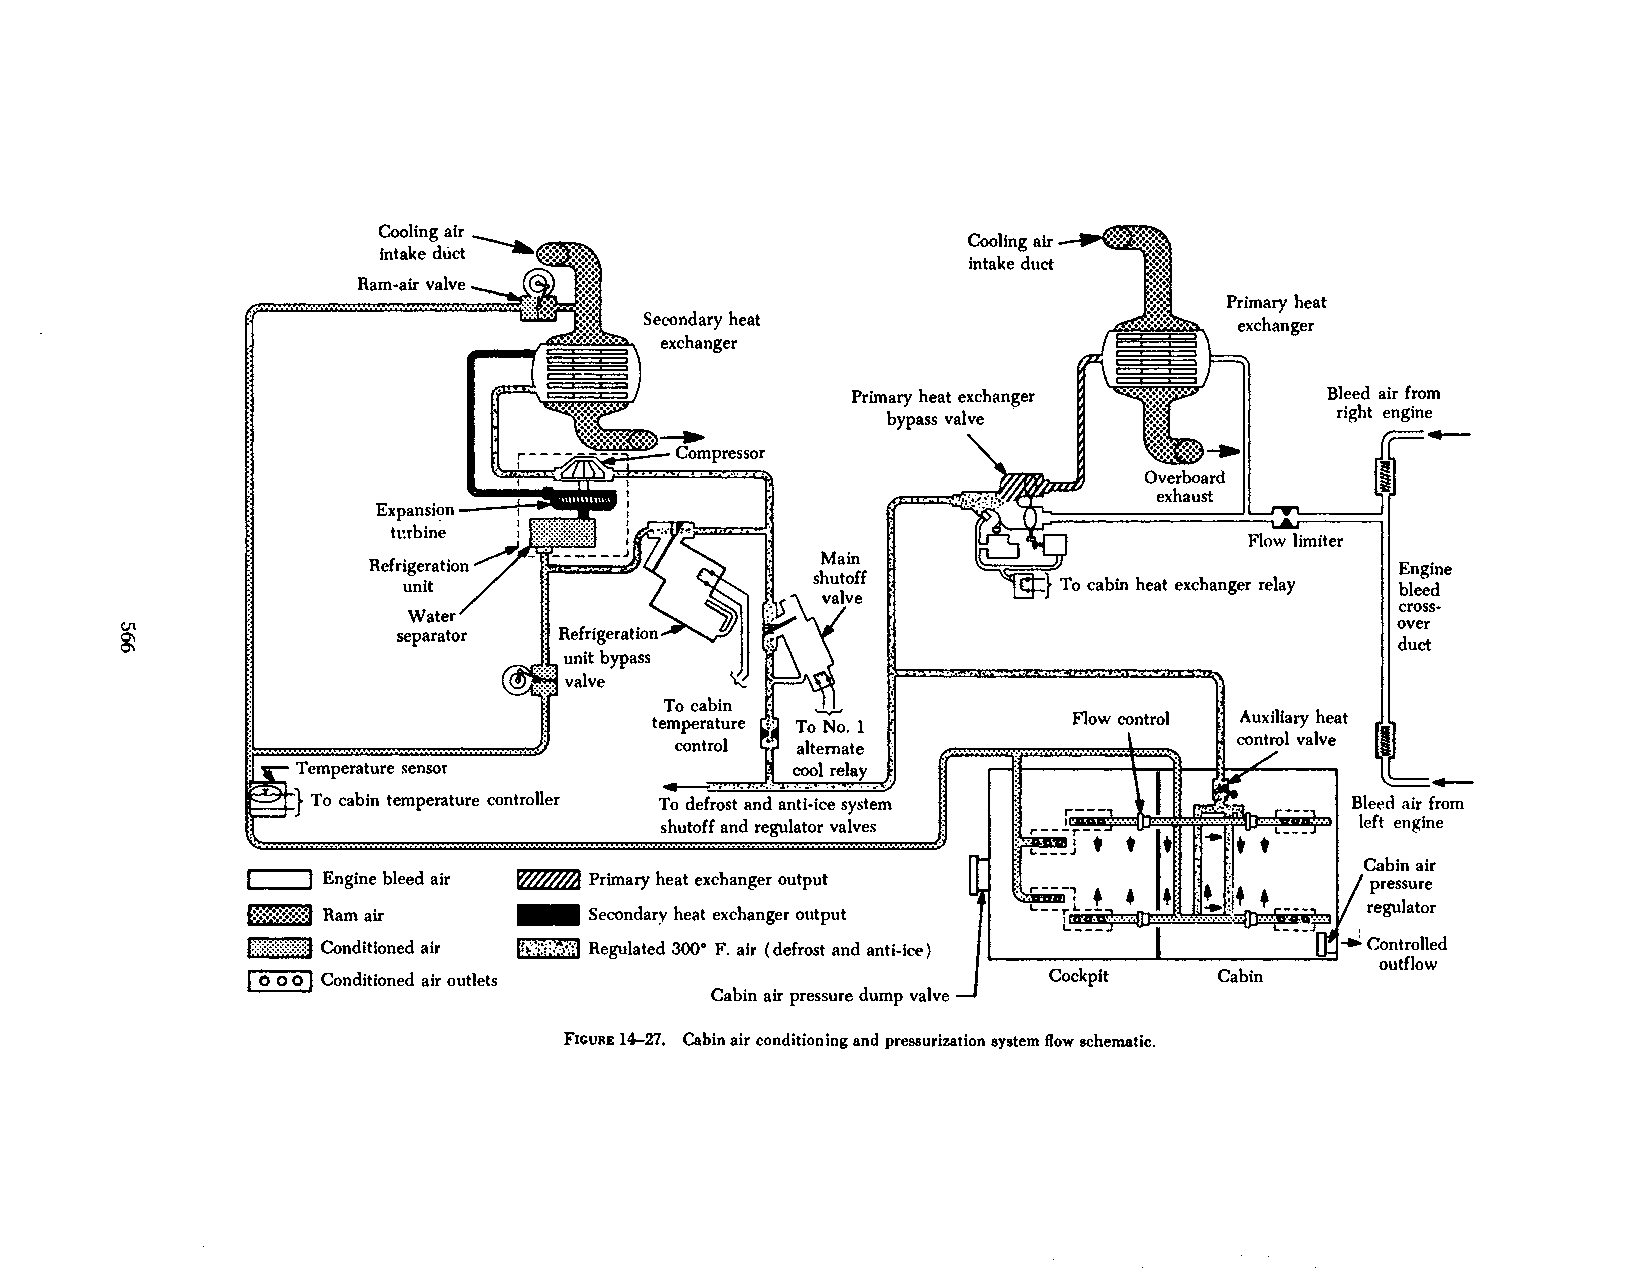
Cooling air
 Cool m' g air ~····•·•••·· ·....·.· •..•·.·.•.• · ··
 intake duct
 intake duct ·•·•·•·
 Ram-air valve
 Primary heat
 Secondary heat                         exchanger
 exchanger
 Primary heat exchanger         Bleed air from
 bypass valve ·       ....     right engine
 --               4--
 Overboard
 exhaust
 ""''"''"" ~ i p~w~"r~=·r t
 turbine  :
 ... r··:· ..... ·.·:·:·:<·:                      Flow limiter
 Engine
 To cabin heat exchanger relay bleed
 cross
 Water
 over
 Ut                 separator
 ~                                                                                    duct
 Flow control Auxiliary heat
 control valve
 Temperature sensor
 To cabin temperature controller To defrost and anti-ice system       Bleed air from
 shutoff and regulator valves                  left engine
 Cabin air
 I   I Engine bleed air ~ Primary heat exchanger output                    pressure
 E:!:!:\:!:::::::::1 Ram air - Secondary heat exchanger output             regulator
 f::::::::::::::::::::::J Conditioned air Jr,:_]:i;t}~J Regulated 3()()• F. air (defrost and anti-ice)
 I 0 0 0 J Conditioned air outlets                    Cockpit    Cabin
 Cabin air pressure dump valve
 FIGURE 14-27. Cabin air conditioning and pressurization system flow schematic.